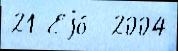
21 Еjо́  2004